Scottish Leaving Certificate Examination, 1952
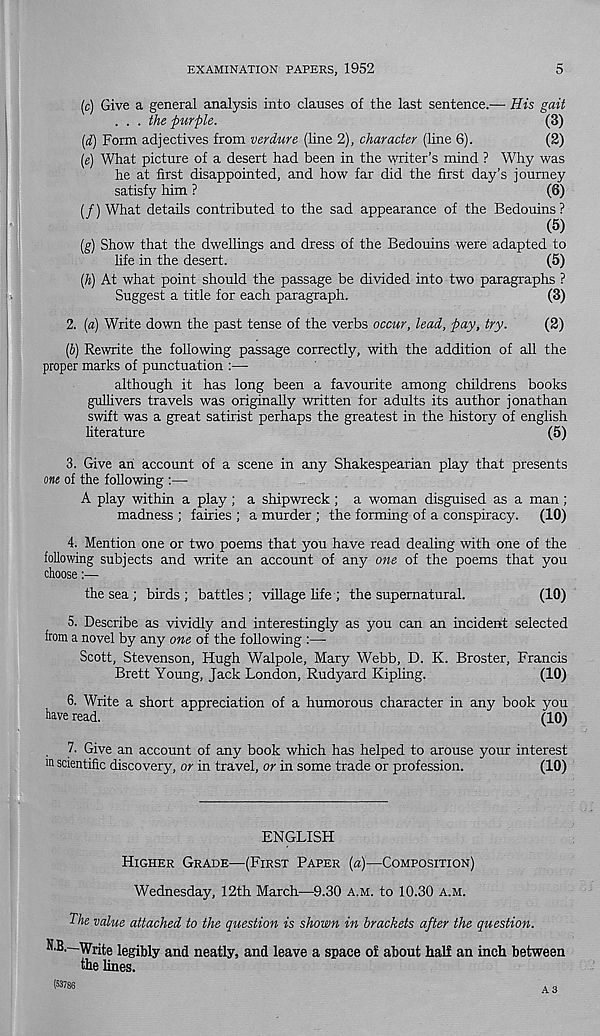
EXAMINATION PAPERS, 1952
5
(c) Give a general analysis into clauses of the last sentence.— His gait
. . . the purple.
(3)
(d) Form adjectives from verdure (line 2), character (line 6).
(2)
(e) What picture of a desert had been in the writer’s mind ? Why was
he at first disappointed, and how far did the first day’s journey
satisfy him ?
(6)
(/) What details contributed to the sad appearance of the Bedouins?
(5)
(g) Show that the dwellings and dress of the Bedouins were adapted to
life in the desert.
(5)
(h) At what point should the passage be divided into two paragraphs ?
Suggest a title for each paragraph.
(3)
2.
(a) Write down the past tense of the verbs occur, lead,
(2)
(J) Rewrite the following passage correctly, with the addition of all the
proper marks of punctuation :—
although it has long been a favourite among childrens books
gullivers travels was originally written for adults its author jonathan
swift was a great satirist perhaps the greatest in the history of english
literature
(5)
3.
Give an account of a scene in any Shakespearian pl
one of the following :—
A play within a play; a shipwreck ; a woman disguised as a man;
madness ; fairies ; a murder ; the forming of a conspiracy. (10)
4. Mention one or two poems that you have read dealing with one of the
following subjects and write an account of any one of the poems that you
choose:—
the sea ; birds; battles; village fife ; the supernatural.
(10)
5. Describe as vividly and interestingly as you can an incident selected
from a novel by any one of the following :—
Scott, Stevenson, Hugh Walpole, Mary Webb, D. K. Broster, Francis
Brett Young, Jack London, Rudyard Kipling.
(10)
6. Write a short appreciation of a humorous character in any book you
have read.
(10)
7. Give an account of any book which has helped to arouse your interest
m scientific discovery, or in travel, or in some trade or profession.
(10)
ENGLISH
HIGHER GRADE—(FIRST PAPER {a)—COMPOSITION)
Wednesday, 12th March—9.30 A.M. to 10.30 A.M.
The value attached to the question is shown in brackets after the question.
N.B.—Write legibly and neatly, and leave a space of about half an inch between
the lines.